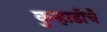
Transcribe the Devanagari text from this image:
कुऱ्हाडीचे